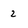
Character: 2